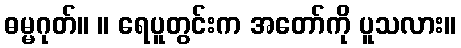
ဓမ္မဂုတ်။ ။ ရေပူတွင်းက အတော်ကို ပူသလား။